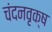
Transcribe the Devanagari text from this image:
चंदनवृक्ष